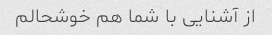
از آشنایی با شما هم خوشحالم